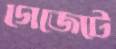
গেজেটে